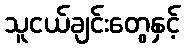
သူငယ်ချင်းတွေနှင့်